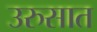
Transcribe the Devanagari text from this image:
उरुसात